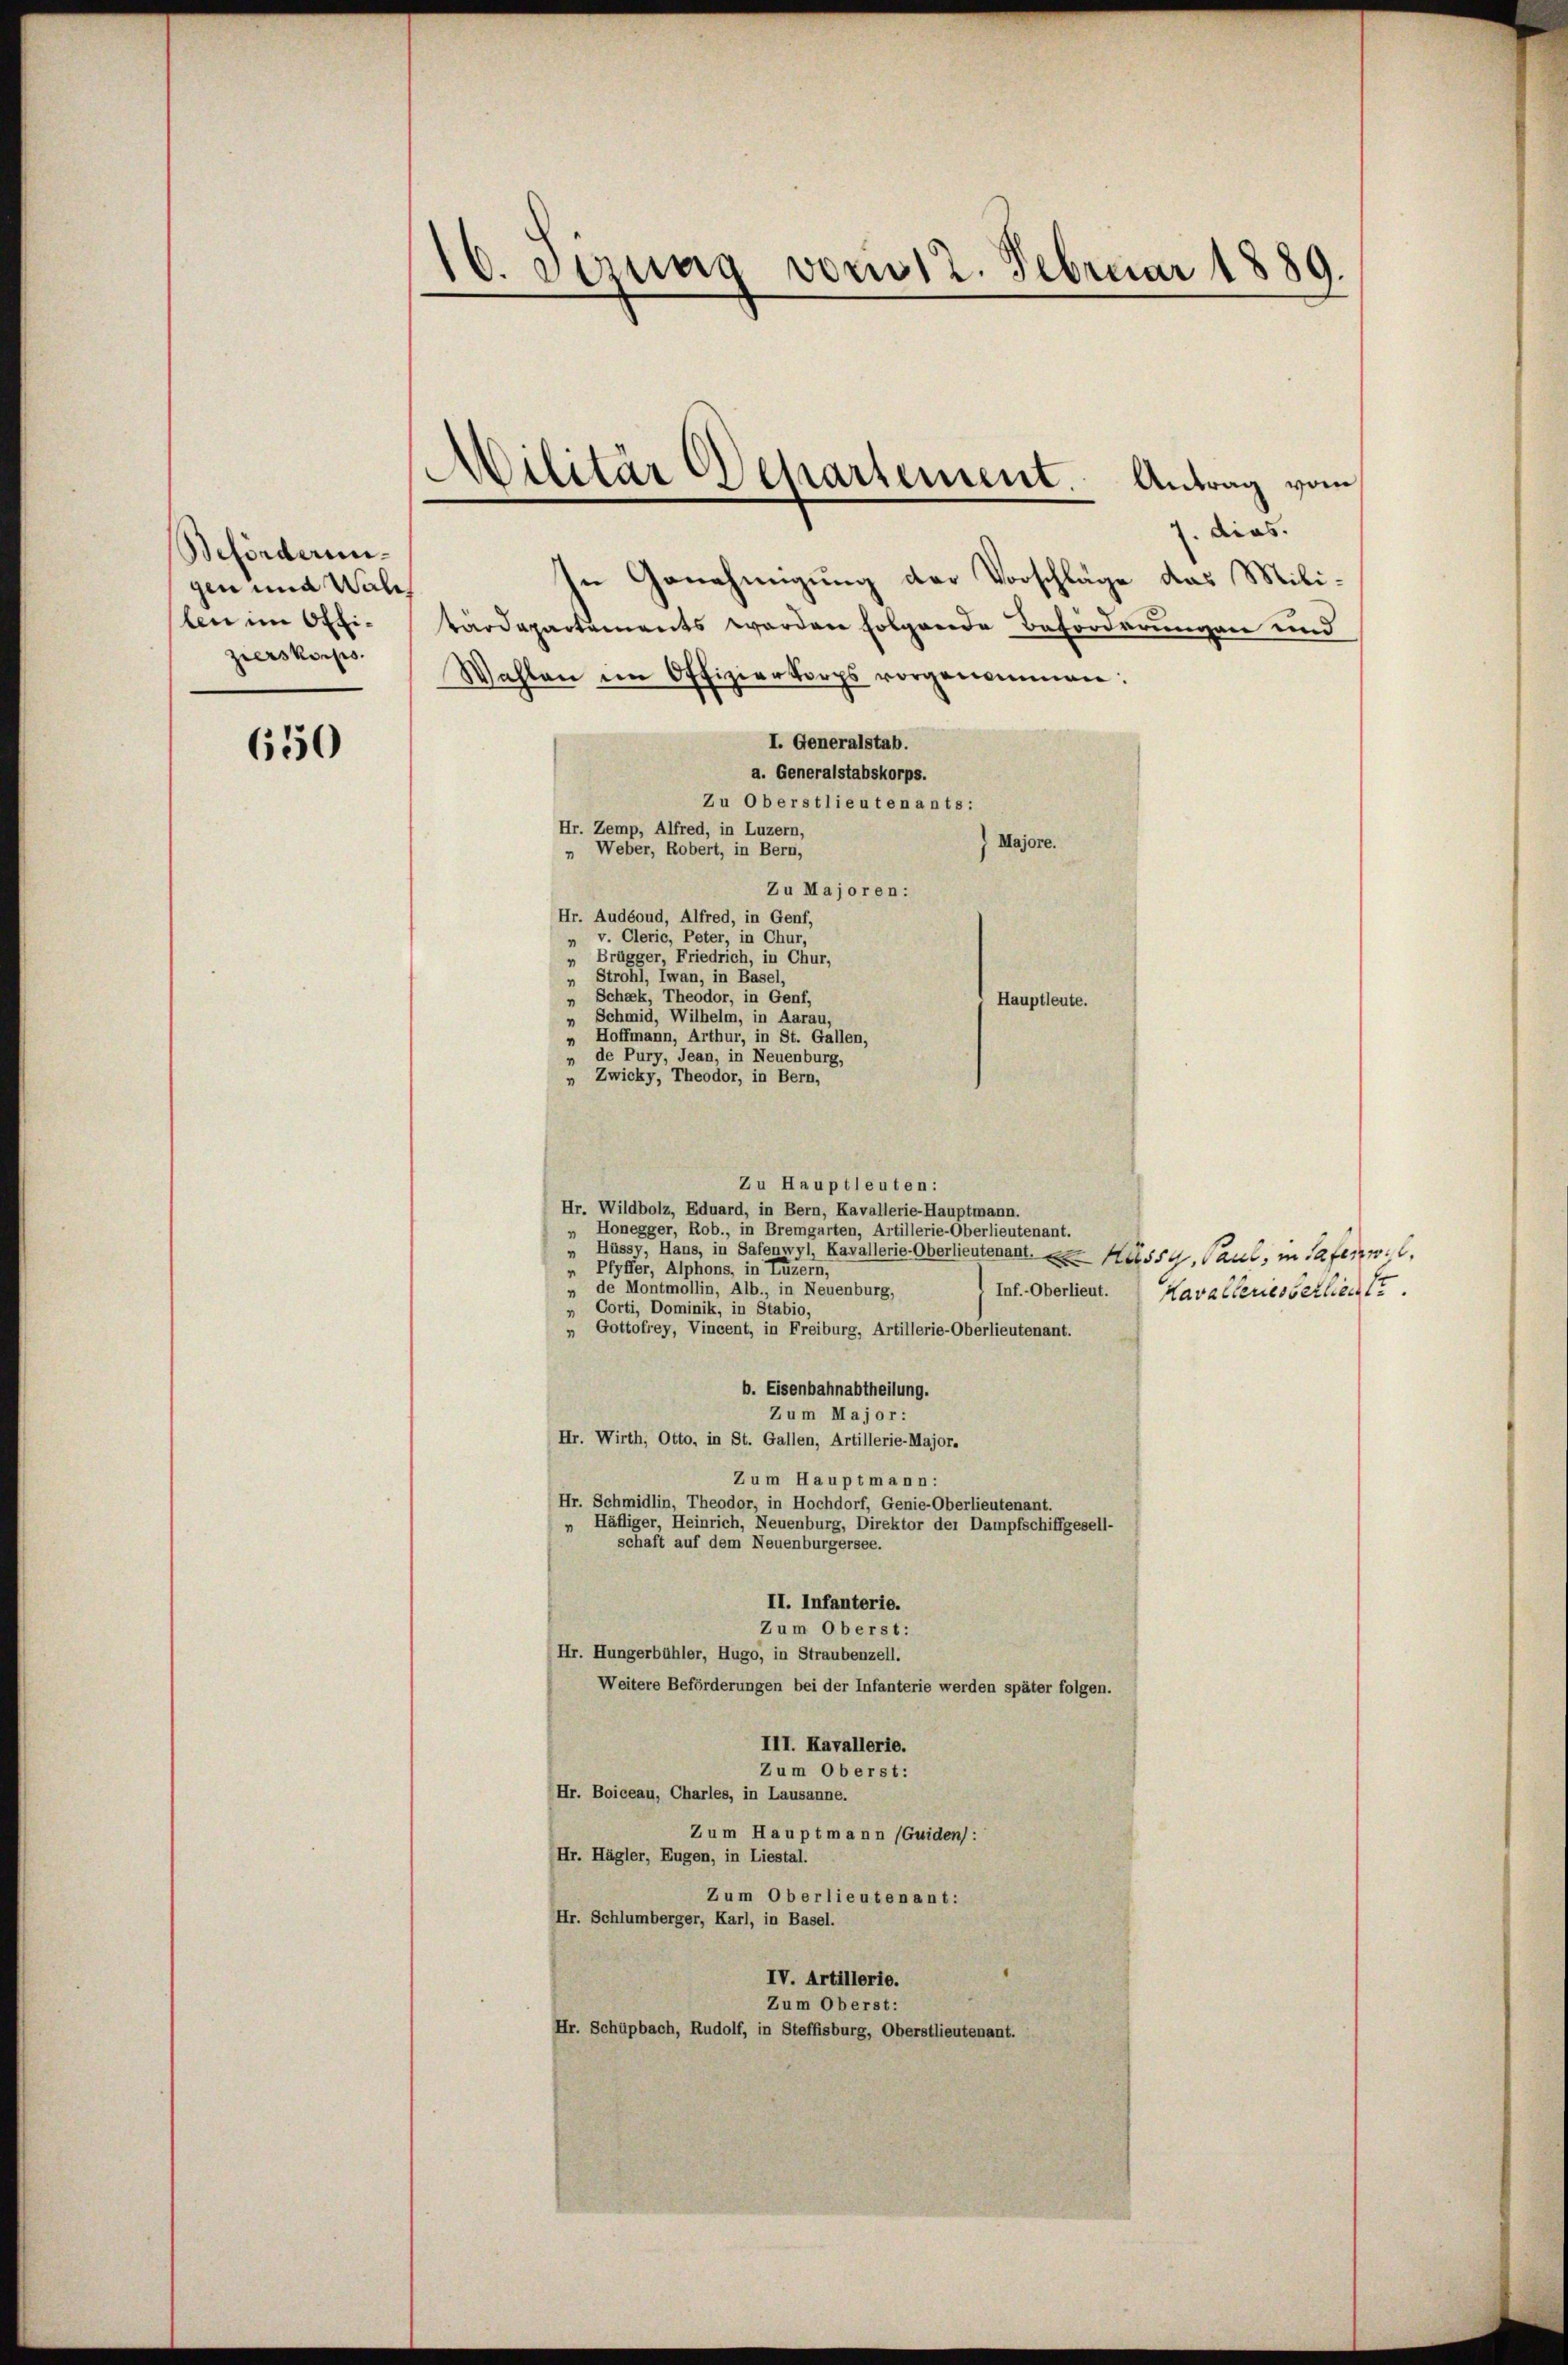
Beförderungen und Wall
len im Offizierskorps.

630

16. Jonas vom 12. Februar 1889.

Militär Departement. Antrag vom

1. dies.
In Genehmigung der Vorschläge das Milivärdepartements worden folgende Beförderungen und
Wahlen im Offizierkorps vorgenommen:
I. Generalstab.
a. Generalstabskorps.
Zu Oberstlieutenants:
Hr. Zemp, Alfred, in Luzern,
Majore.
„ Weber, Robert, in Bern,
Zu Majoren:
Hr. Audéoud, Alfred, in Genf,
„ v. Clerie, Peter, in Chur,
„ Brügger, Friedrich, in Chur,
 Strohl, Iwan, in Basel,
„ Schak, Theodor, in Genf,
Hauptleute.
„ Schmid, Wilhelm, in Aarau,
 Hoffmann, Arthur, in St. Gallen,
„ de Pury, Jean, in Neuenburg,
„ Zwicky, Theodor, in Bern,
Zu Hauptleuten:
Hr. Wildbolz, Eduard, in Bern, Kavallerie-Hauptmann.
„ Honegger, Rob., in Bremgarten, Artillerie-Oberlieutenant.
Hüssy, Hans, in Safenwyl, Kavallerie-Oberlieutenant. 22. Heisse, Paul, in Safer. c.
„ Pfyffer, Alphons, in Luzern,
„ de Montmollin, Alb., in Neuenburg,
Inf. Oberlieut. Kavalleresserliegt.
Corti, Dominik, in Stabio
Gottofrey, Vincent, in Freiburg, Artillerie-Oberlieutenant.
b. Eisenbahnabtheilung.
Zum Major :
Hr. Wirth, Otto, in St. Gallen, Artillerie-Major.
Zum Hauptmann:
Hr. Schmidlin, Theodor, in Hochdorf, Genie-Oberlieutenant
„ Häfliger, Heinrich, Neuenburg, Direktor der Dampfschiffgesell-
schaft auf dem Neuenburgersee.
II. Infanterie.
Zum Oberst:
(Hr. Hungerbühler, Hugo, in Straubenzell.
Weitere Beförderungen bei der Infanterie werden später folgen.
III. Kavallerie.
Zum Oberst:
Hr. Boiceau, Charles, in Lausanne.
Zum Hauptmann (Guiden):
(Hr. Hägler, Eugen, in Liestal.
Zum Oberlieutenant:
Hr. Schlumberger, Karl, in Basel.
IV. Artillerie.
Zum Oberst:
Hr. Schüpbach, Rudolf, in Steffisburg, Oberstlieutenant.